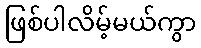
ဖြစ်ပါလိမ့်မယ်ကွာ